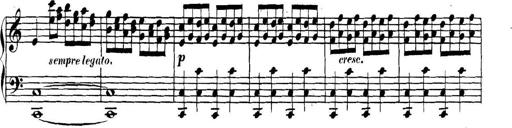
Title: Collected Piano Sonatas
Composer: Muzio Clementi